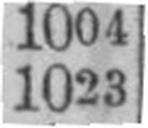
1023